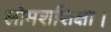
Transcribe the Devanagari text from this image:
लोमशशिक्षा।